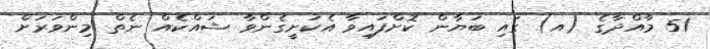
51 މާއްދާގެ (އ) ގައި ބަޔާން ކޮށްފައިވާ އެކަށީގެންވާ ޝައްކެއް ނެތް މިންވަރަށް